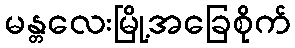
မန္တလေးမြို့အခြေစိုက်